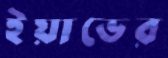
ইয়াভের